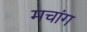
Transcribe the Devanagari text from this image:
मचांग